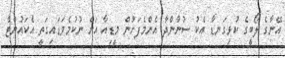
އޭނާގެ ލޯބީގެ ކުޅިގަނޑާ އެކު ސުނާންދާ އެންމެފަހުން މީޑިއާ އަށް ނުކުމެވަޑައިގަތީ އެކައުންޓް